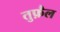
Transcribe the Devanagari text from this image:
तुफ़ैल